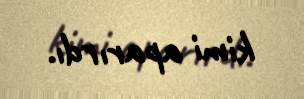
kimi aparırdı.